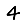
Digit: 4